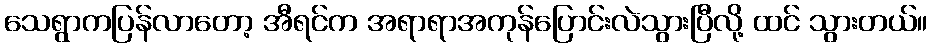
သေရွာကပြန်လာတော့ အီရင်က အရာရာအကုန်ပြောင်းလဲသွားပြီလို့ ထင် သွားတယ်။